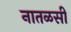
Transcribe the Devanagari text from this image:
नातळसी